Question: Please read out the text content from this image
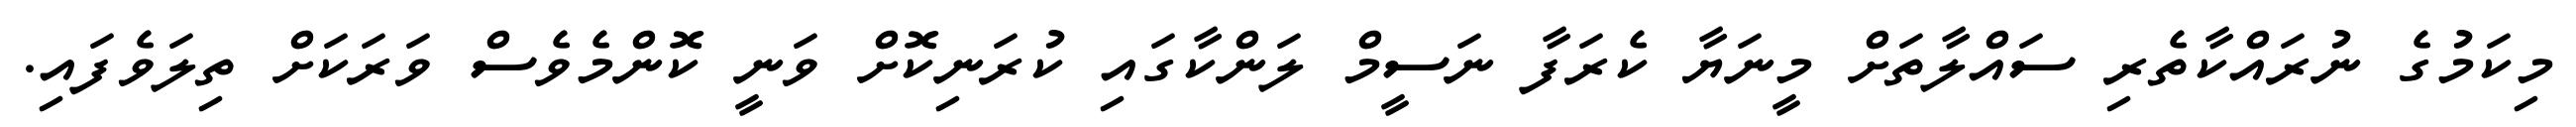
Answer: މިކަމުގެ ނުރައްކާތެރި ސައްލާތަށް މީނަޔާ ކެރަފާ ނަސީމް ލަންކާގައި ކުރަނިކޮށް ވަނީ ކޮންމެވެސް ވަރަކަށް ތިލަވެފައި.